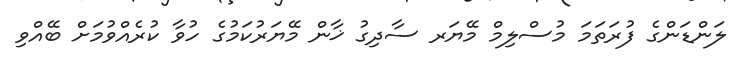
ލަންޑަންގެ ފުރަތަމަ މުސްލިމް މޭޔަރ ސާދިގު ޚާން މޭޔަރުކަމުގެ ހުވާ ކުރެއްވުމަށް ބޭއްވި